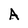
Character: A